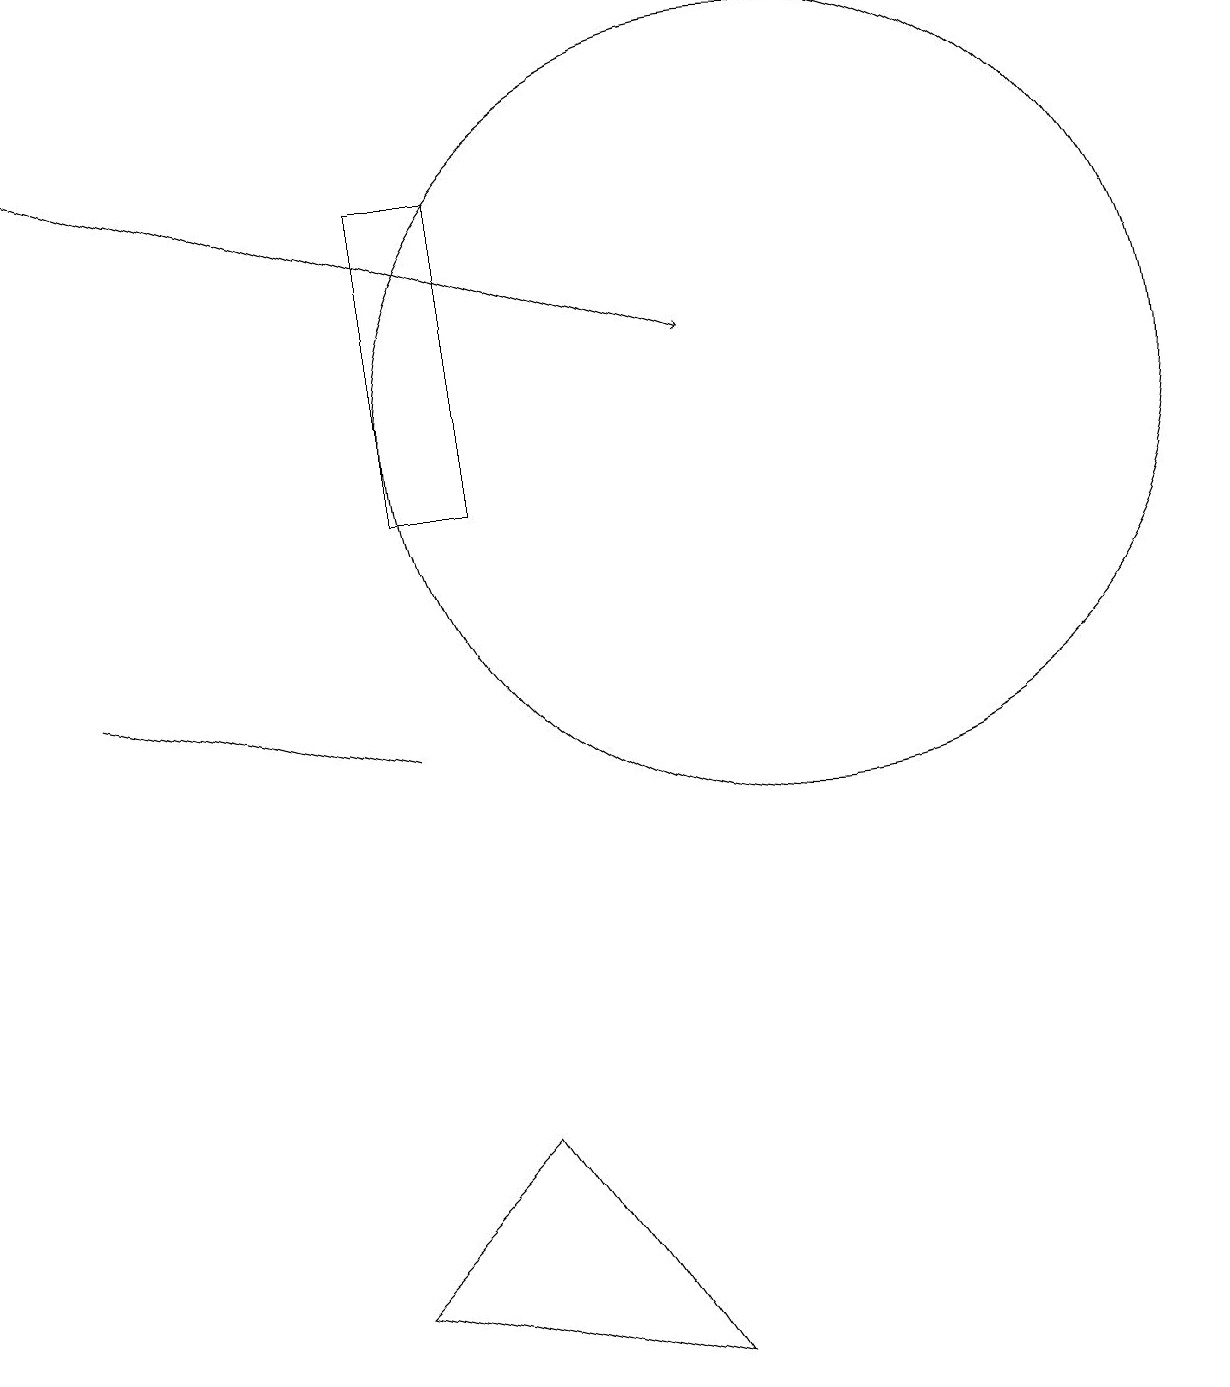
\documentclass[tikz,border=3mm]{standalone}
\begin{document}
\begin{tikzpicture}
\draw (5,15) rectangle (6,11);
\draw (4,1) -- (8,0) -- (6,3) -- cycle;
\draw (10,12) circle (5);
\draw[->] (0,16) -- (9,13);
\draw (1,9) -- (5,8) -- (5,8) -- cycle;
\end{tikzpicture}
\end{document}